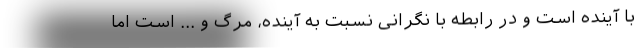
با آینده است و در رابطه با نگرانی نسبت به آینده، مرگ و ... است اما